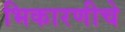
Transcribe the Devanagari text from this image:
भिकारणीचे